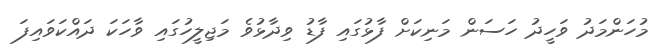
މުހަންމަދު ވަހީދު ހަސަން މަނިކަށް ފާޅުގައި ފާޑު ވިދާޅުވެ މަޖިލީހުގައި ވާހަކަ ދައްކަވައިފަ